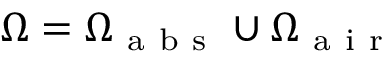
\Omega = \Omega _ { \mathrm { ~ a ~ b ~ s ~ } } \cup \Omega _ { \mathrm { ~ a ~ i ~ r ~ } }